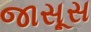
જાસૂસ